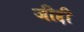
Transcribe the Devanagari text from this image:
जीद्दी